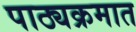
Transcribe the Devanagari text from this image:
पाठ्यक्रमात